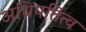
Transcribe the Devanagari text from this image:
अधिपतित्व